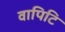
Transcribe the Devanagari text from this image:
वापिटि